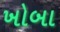
ખોબા